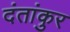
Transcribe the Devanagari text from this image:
दंतांकुर